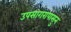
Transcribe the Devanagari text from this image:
उपसागरापासुन